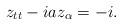
LaTeX: \begin{align*}z_{tt}-iaz_{\alpha}=-i.\end{align*}